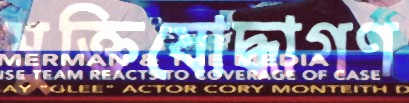
মুক্তিযোদ্ধাগণ